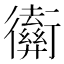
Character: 𢖡